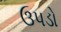
ઉપડો